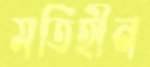
মতিহীন